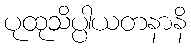
ပုထုသိပ္ပါယတနာနိ